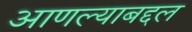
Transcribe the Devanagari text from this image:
आणल्याबद्दल